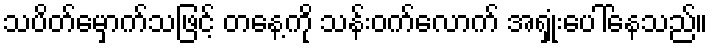
သပိတ်မှောက်သဖြင့် တနေ့ကို သန်းဝက်လောက် အရှုံးပေါ်နေသည်။